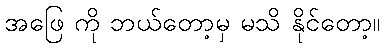
အဖြေ ကို ဘယ်တော့မှ မသိ နိုင်တော့။